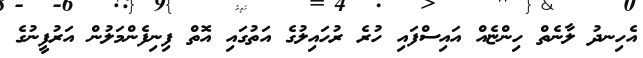
އެހިނދު ލާނެތް ހިންޏެއް އައިސްފައި ހުރެ ރުހައިލުގެ އަތުގައި އޮތް ފިނިފެންމަލުން އަރުފީނުގެ